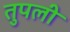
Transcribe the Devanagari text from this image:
तुपली